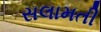
સલામતી